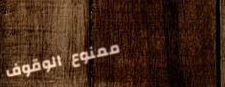
ممنوع الوقوف